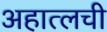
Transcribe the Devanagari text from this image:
अहात्लची